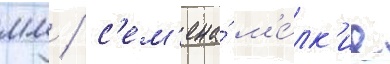
мм / с'ем'ена́ м'е́лк'ие